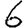
Digit: 6